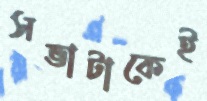
সভাটাকেই